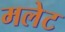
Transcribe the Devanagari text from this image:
मलेट